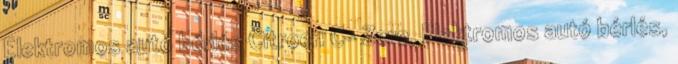
Elektromos autó bérlés Citroen C- Zero, Elektromos autó bérlés,